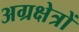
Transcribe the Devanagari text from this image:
अग्रक्षेत्रों